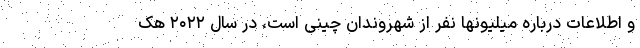
و اطلاعات درباره میلیونها نفر از شهروندان چینی است، در سال ۲۰۲۲ هک